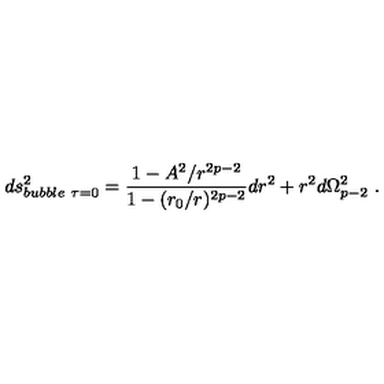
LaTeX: d s _ { b u b b l e \ \tau = 0 } ^ { 2 } = \frac { 1 - A ^ { 2 } / r ^ { 2 p - 2 } } { 1 - ( r _ { 0 } / r ) ^ { 2 p - 2 } } d r ^ { 2 } + r ^ { 2 } d \Omega _ { p - 2 } ^ { 2 } \ .